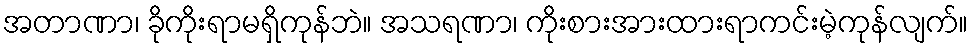
အတာဏာ၊ ခိုကိုးရာမရှိကုန်ဘဲ။ အသရဏာ၊ ကိုးစားအားထားရာကင်းမဲ့ကုန်လျက်။